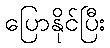
ပြောနိုင်ပြီး